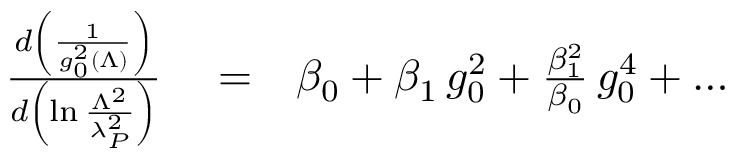
\begin{array} { r l r } { { \frac { d \left( \frac { 1 } { g _ { 0 } ^ { 2 } ( \Lambda ) } \right) } { d \left( \ln { \frac { \Lambda ^ { 2 } } { \lambda _ { P } ^ { 2 } } } \right) } } } & { { } = } & { \beta _ { 0 } + { \beta _ { 1 } } \, g _ { 0 } ^ { 2 } + { \frac { \beta _ { 1 } ^ { 2 } } { \beta _ { 0 } } } \, g _ { 0 } ^ { 4 } + \dots } \end{array}